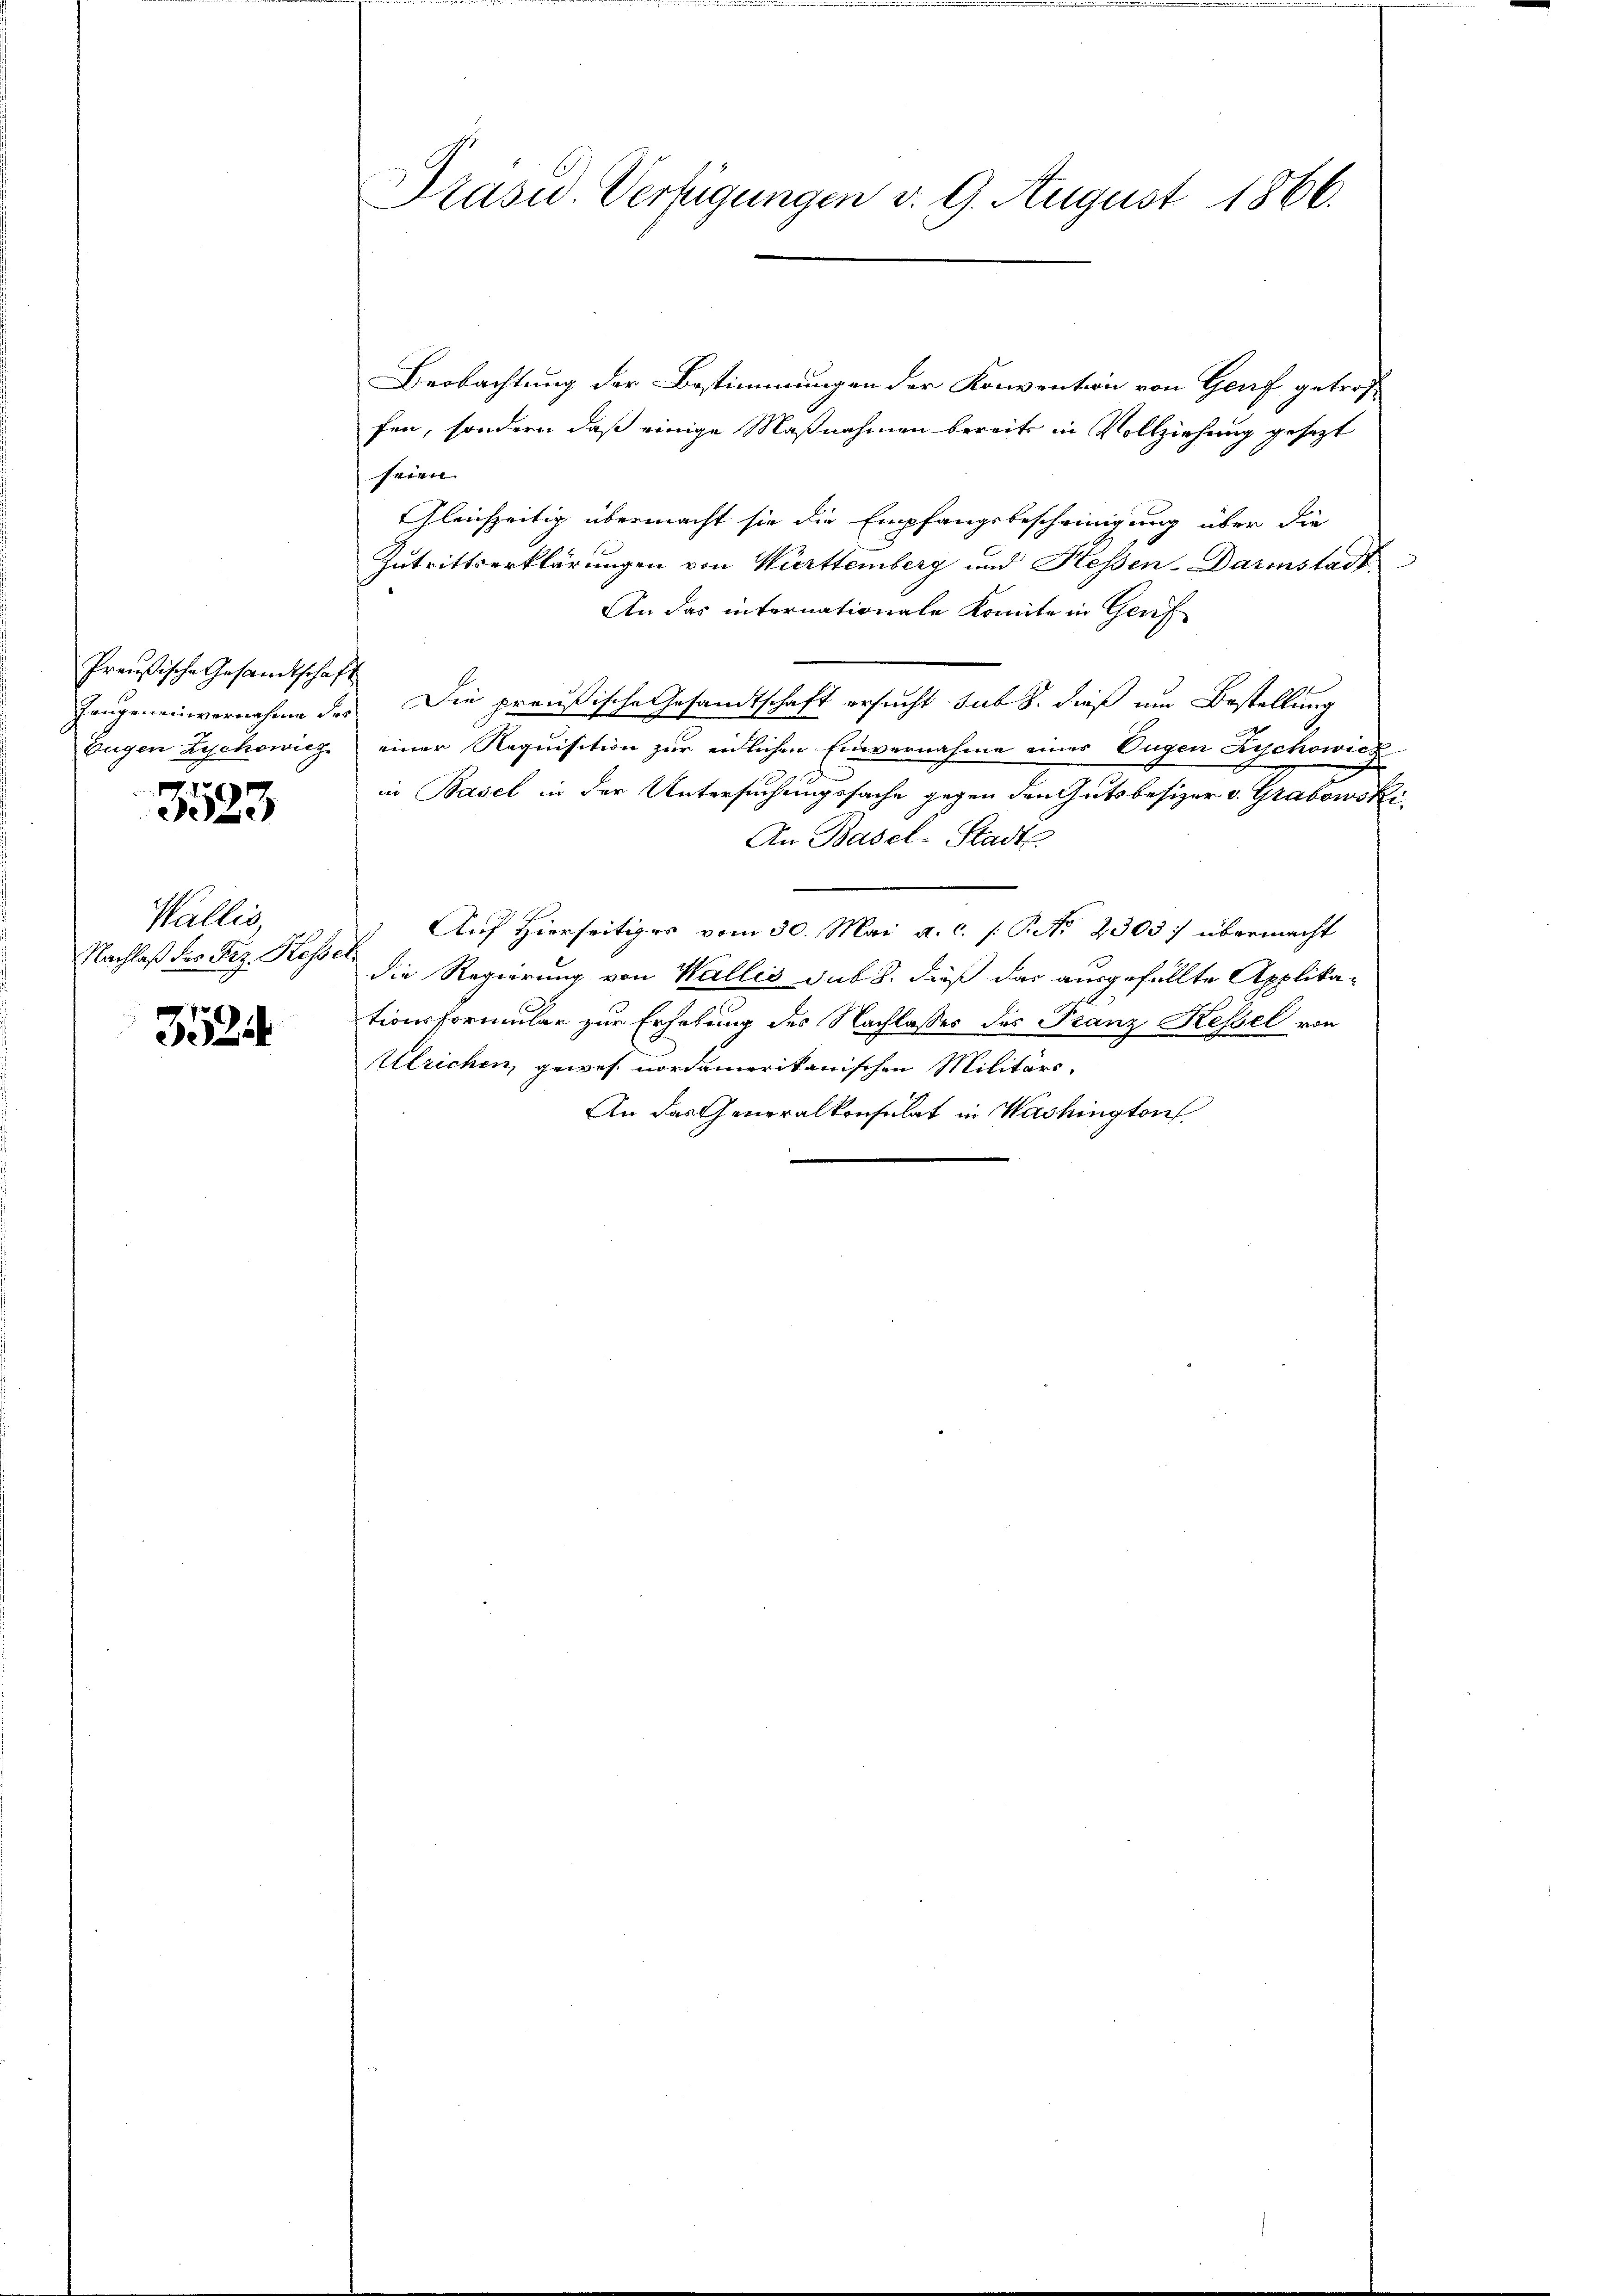
Preußische Gesandtschaft
Eugen Zychowicz

7
3523

Wallis,
Nachlaß der Frz. Kessel

3524

Präsid. Verfügungen d. 9. August 1866.

Beobachtung der Bestimmungen der Konvention von Genf getroffen, sondern daß einige Maßnahmen bereits in Vollziehung gesezt
seien.
Gleichzeitig übermacht sie die Empfangsbescheinigung über die
Zutrittserklärungen von Württemberg und Hessen-Darinstadt
An das internationale Komite in Genf
Zeugeneinvernahme des Die preußische Gesandtschaft ersucht sub S. dieß um Bestellung
einer Requisition zur eidlichen Einvernahme einer Eugen Zychowicz
in Basel in der Untersuchungssache gegen den Gutsbesizer v. Grabowski
An Basel-Stadt
Auf Hierseitiges vom 30. Mai a. c. /: P. No 2305. übermacht
die Regierung von Wallis sub. 8. dieß das ausgefällte Applika-
tionsformular zur Erholung des Nachlasses des Franz Kessel von
Ulrichen, gewes. nordamerikanischen Militärs-
An das Generalkonsulat in Washington